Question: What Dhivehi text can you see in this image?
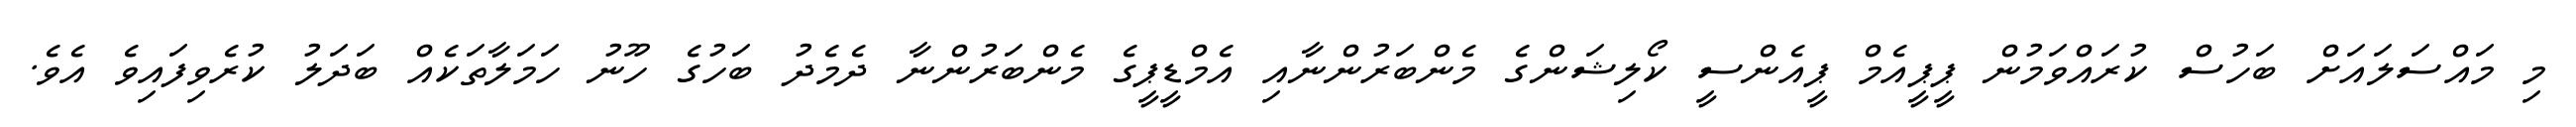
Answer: މި މައްސަލައަށް ބަހުސް ކުރައްވަމުން ޕީޕީއެމް ޕީއެންސީ ކޯލިޝަންގެ މެންބަރުންނާއި އެމްޑީޕީގެ މެންބަރުންނާ ދެމެދު ބަހުގެ ހޫނު ހަމަލާތަކެއް ބަދަލު ކުރެވިފައިވެ އެވެ.